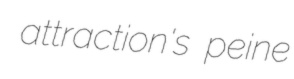
attraction's peine